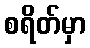
စရိတ်မှာ